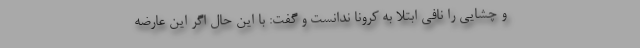
و چشایی را نافی ابتلا به کرونا ندانست و گفت: با این حال اگر این عارضه